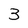
Character: 3